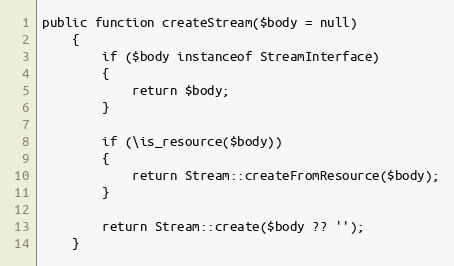
Language: PHP
public function createStream($body = null)
    {
        if ($body instanceof StreamInterface)
        {
            return $body;
        }

        if (\is_resource($body))
        {
            return Stream::createFromResource($body);
        }

        return Stream::create($body ?? '');
    }